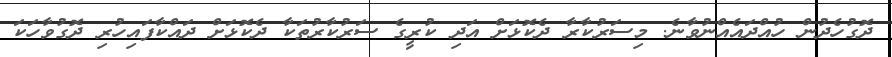
ދޮގުހެދުން ހުއްދައެއްނުވާނެ. މިސަރުކާރާ ދެކޮޅަށް އަދި ކުރީގެ ސަރުކާރުތަކާ ދެކޮޅަށް ދައްކާފައިހުރި ދޮގުވާހަކަ